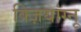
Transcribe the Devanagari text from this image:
क्ज़ियांग्नू